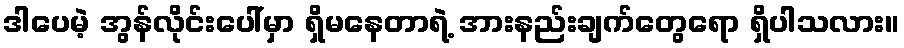
ဒါပေမဲ့ အွန်လိုင်းပေါ်မှာ ရှိမနေတာရဲ့ အားနည်းချက်တွေရော ရှိပါသလား။